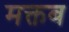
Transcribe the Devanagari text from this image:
मक्तब